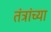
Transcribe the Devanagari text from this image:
तंत्रांच्या